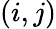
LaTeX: (i,j)